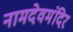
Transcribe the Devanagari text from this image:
नामदेवमंदिर